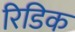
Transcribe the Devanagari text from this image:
रिडिक